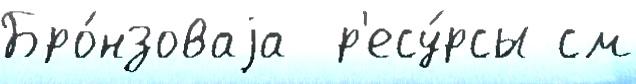
Бро́нзоваjа  р'есу́рсы см